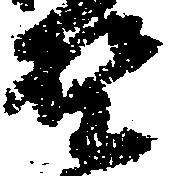
野